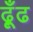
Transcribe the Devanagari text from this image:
ढ़ूँढ